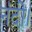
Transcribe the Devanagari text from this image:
नंदी।